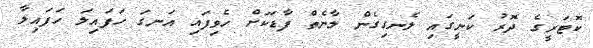
ކޮޓަރީގެ ދޮރު ކަނީގައި ލެނގިގެން ލާނެތް ފާޑަކަށް ހެވިފައި އަނގަ ހަފައިލަ ހަފައިލާ